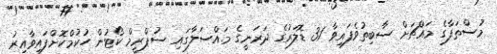
މުސްތަފާގެ މައްޗަށް ސާބިތުވެފައިވާ 31 ޑޮލަރުގެ ދަރަނީގެ މައްސަލާގައި ސުޕްރީމް ކޯޓުން ހުކުމްކޮށްފައިވާއިރު